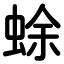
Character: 蜍